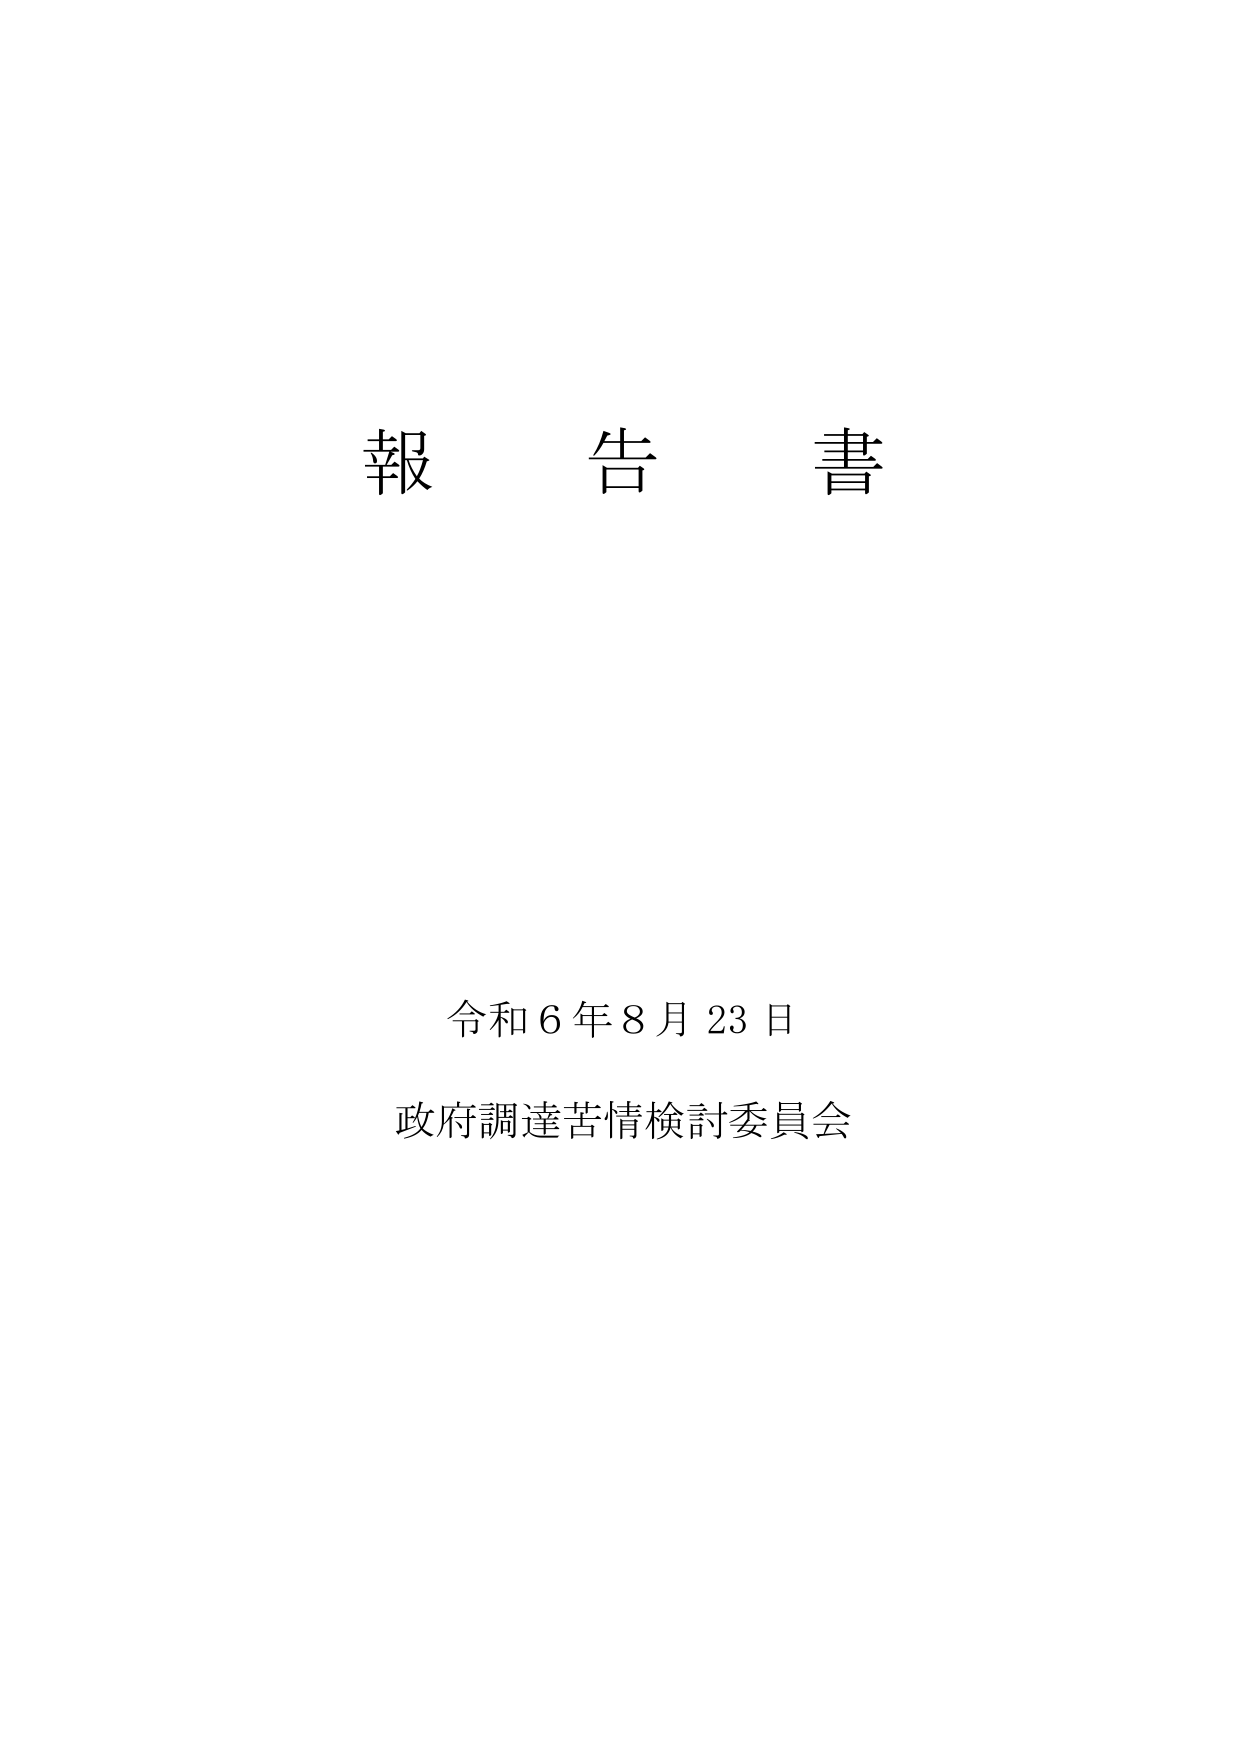
報告書

令和６年８月23日
政府調達苦情検討委員会